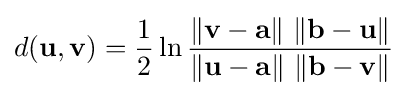
d(\mathbf {u} ,\mathbf {v} )={\frac {1}{2}}\ln {\frac {\left\|\mathbf {v} -\mathbf {a} \right\|\,\left\|\mathbf {b} -\mathbf {u} \right\|}{\left\|\mathbf {u} -\mathbf {a} \right\|\,\left\|\mathbf {b} -\mathbf {v} \right\|}}